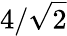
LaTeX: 4/\sqrt{2}